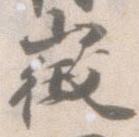
徴